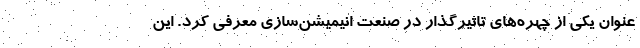
عنوان یکی از چهره‌های تاثیرگذار در صنعت انیمیشن‌سازی معرفی کرد. این